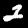
Label: 2